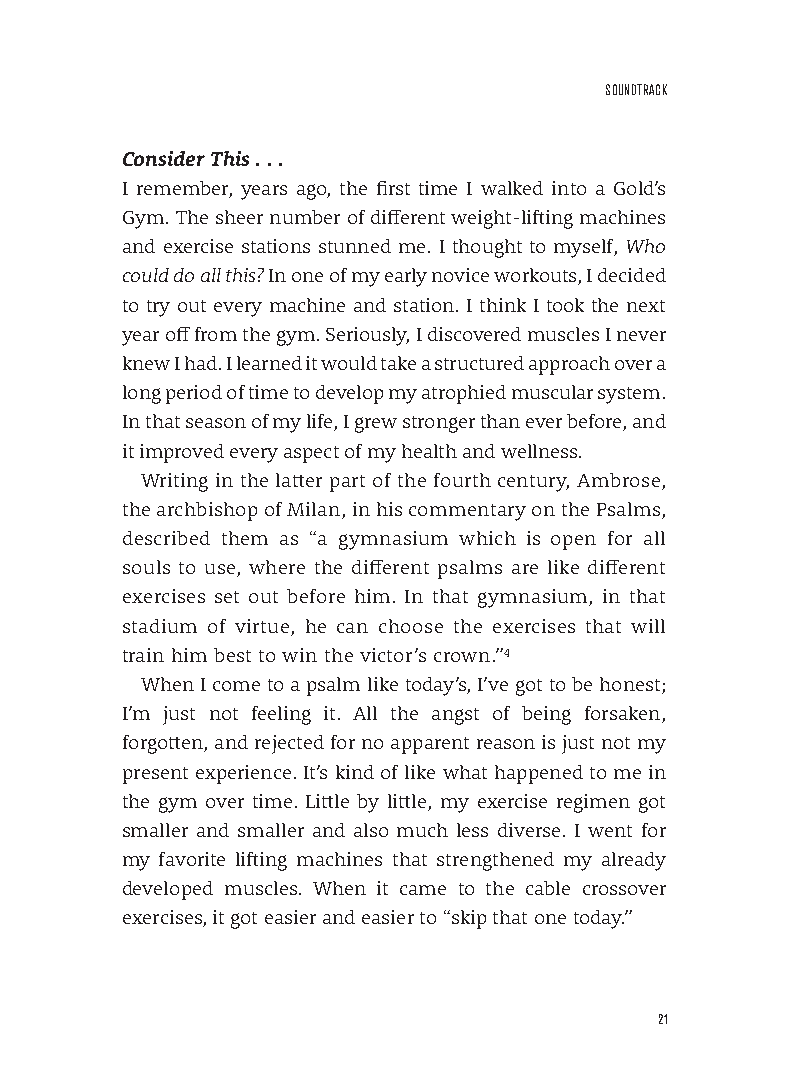
sounDTrACk
 Consider This . . .
 I remember, years ago, the first time I walked into a Gold’s
 Gym. The sheer number of different weight-lifting machines
 and exercise stations stunned me. I thought to myself, Who
 could do all this? In one of my early novice workouts, I decided
 to try out every machine and station. I think I took the next
 year off from the gym. Seriously, I discovered muscles I never
 knew I had. I learned it would take a structured approach over a
 long period of time to develop my atrophied muscular system.
 In that season of my life, I grew stronger than ever before, and
 it improved every aspect of my health and wellness.
 Writing in the latter part of the fourth century, Ambrose,
 the archbishop of Milan, in his commentary on the Psalms,
 described them as “a gymnasium which is open for all
 souls to use, where the different psalms are like different
 exercises set out before him. In that gymnasium, in that
 stadium of virtue, he can choose the exercises that will
 train him best to win the victor’s crown.”4
 When I come to a psalm like today’s, I’ve got to be honest;
 I’m just not feeling it. All the angst of being forsaken,
 forgotten, and rejected for no apparent reason is just not my
 present experience. It’s kind of like what happened to me in
 the gym over time. Little by little, my exercise regimen got
 smaller and smaller and also much less diverse. I went for
 my favorite lifting machines that strengthened my already
 developed muscles. When it came to the cable crossover
 exercises, it got easier and easier to “skip that one today.”
 21